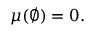
\mu ( \varnothing ) = 0 .